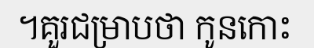
។គួរជម្រាបថា កូនកោះ